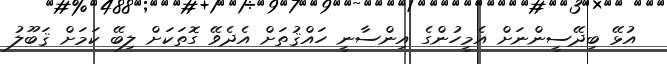
އުޅޭ ބިދޭސީންނަށް އެމީހުންގެ އިންސާނީ ހައްޤުތަށް އެދެވޭ ގޮތަކަށް ލިބޭ ކަމަށް ޤަބޫލު